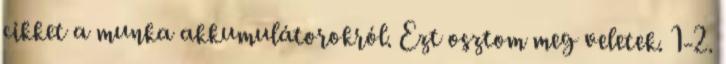
cikket a munka akkumulátorokról. Ezt osztom meg veletek. 1-2.